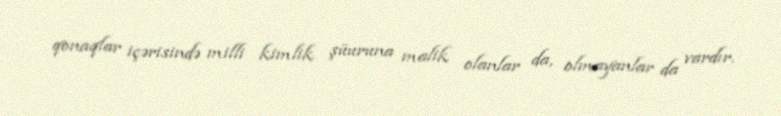
qonaqlar içərisində milli kimlik şüuruna malik olanlar da, olmayanlar da vardır.